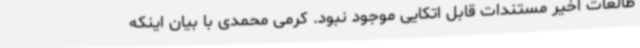
طالعات اخیر مستندات قابل اتکایی موجود نبود. کرمی محمدی با بیان اینکه